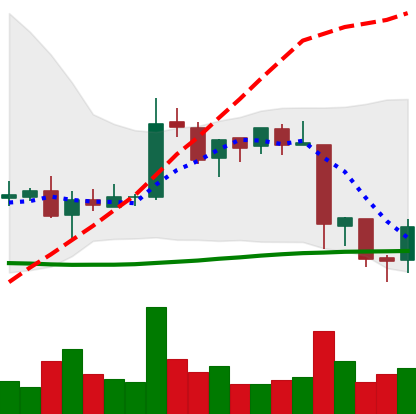
Ticker: EOS-USD
Chart end date: 2018-06-14
Forward return: -5.074%
Label: down_5_7